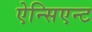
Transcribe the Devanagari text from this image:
ऐन्सिएन्ट